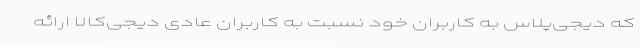
که دیجی‌پلاس به کاربران خود نسبت به کاربران عادی دیجی‌کالا ارائه